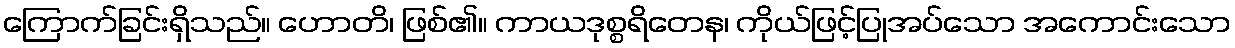
ကြောက်ခြင်းရှိသည်။ ဟောတိ၊ ဖြစ်၏။ ကာယဒုစ္စရိတေန၊ ကိုယ်ဖြင့်ပြုအပ်သော အကောင်းသော